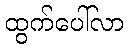
ထွက်ပေါ်လာ